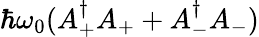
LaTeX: \hbar\omega_{0}(A_{+}^{\dagger}A_{+}+A_{-}^{\dagger}A_{-})